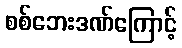
စစ်ဘေးဒဏ်ကြောင့်